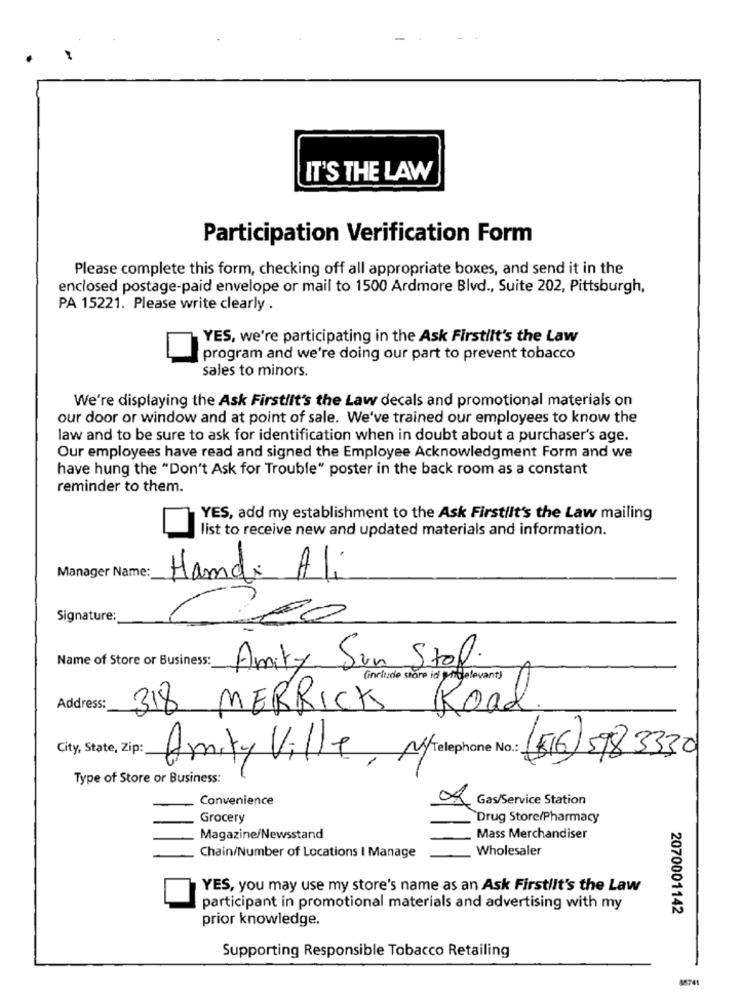
IT'S THE LAW
Participation Verification Form
Please complete this form, checking off all appropriate boxes, and send it in the
enclosed postage-paid envelope or mail to 1500 Ardmore Blvd ., Suite 202, Pittsburgh,
PA 15221. Please write clearly .
YES, we're participating in the Ask Firstilt's the Law
program and we're doing our part to prevent tobacco
sales to minors.
We're displaying the Ask Firstllt's the Law decals and promotional materials on
our door or window and at point of sale. We've trained our employees to know the
law and to be sure to ask for identification when in doubt about a purchaser's age.
Our employees have read and signed the Employee Acknowledgment Form and we
have hung the "Don't Ask for Trouble" poster in the back room as a constant
reminder to them.
YES, add my establishment to the Ask Firstilt's the Law mailing
list to receive new and updated materials and information.
Manager Name:
Hamdi Ali
Signature:
200
Name of Store or Business:
Amity Sun Stop.
(include stare id rigelevant)
Address:
318 MERRICK Road.
City, State, Zip:
Amity Ville, Ny telephone No:(516) 5783330
Type of Store or Business:
Convenience
of Gas/Service Station
Grocery
Drug Store/Pharmacy
Magazine/Newsstand
Mass Merchandiser
Wholesaler
Chain/Number of Locations I Manage
YES, you may use my store's name as an Ask Firstiit's the Law
participant in promotional materials and advertising with my
2070001142
prior knowledge.
Supporting Responsible Tobacco Retailing
65741